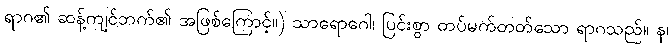
ရာဂ၏ ဆန့်ကျင်ဘက်၏ အဖြစ်ကြောင့်။) သာရောဂေါ၊ ပြင်းစွာ တပ်မက်တတ်သော ရာဂသည်။ န၊